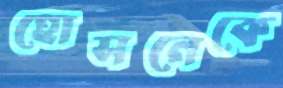
হোসনেকে